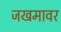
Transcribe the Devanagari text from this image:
जखमावर